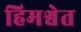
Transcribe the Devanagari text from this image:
हिमश्वेत